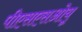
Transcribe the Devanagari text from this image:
पीएसएसओयू